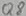
Text: Q8